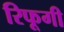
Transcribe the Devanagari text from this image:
रिफूगी